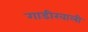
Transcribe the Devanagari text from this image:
गाडीखाली